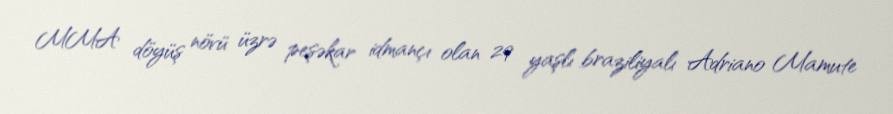
MMA döyüş növü üzrə peşəkar idmançı olan 29 yaşlı braziliyalı Adriano Mamute